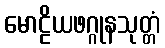
မောဠိယဖဂ္ဂုနသုတ္တံ